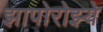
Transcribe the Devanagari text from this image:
झापोरोझ्ये